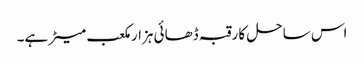
اس ساحل کا رقبہ ڈھائی ہزار مکعب میٹر ہے۔